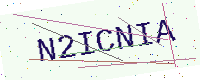
Text: N2ICNIA